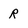
Character: R